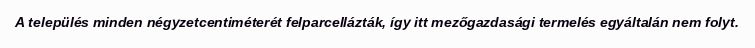
A település minden négyzetcentiméterét felparcellázták, így itt mezőgazdasági termelés egyáltalán nem folyt.